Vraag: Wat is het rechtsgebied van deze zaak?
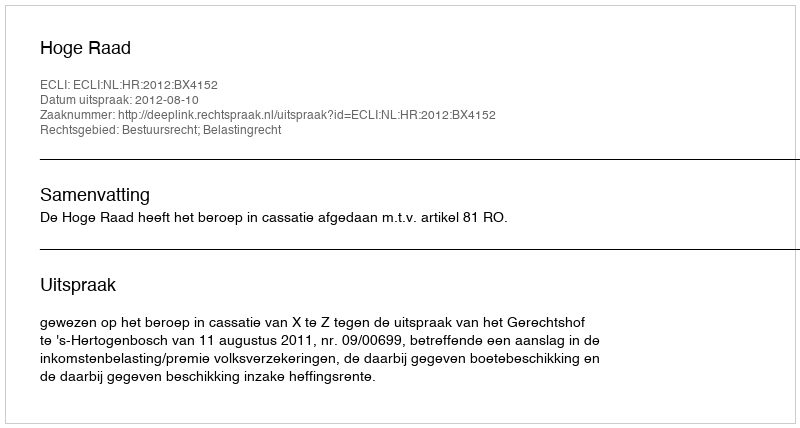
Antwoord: Bestuursrecht; Belastingrecht